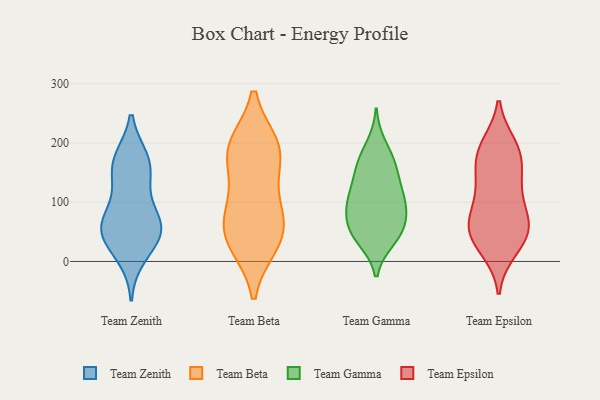
{"axis": {"x": "Satisfaction Score", "y": "Value"}, "legend": ["Team Beta", "Team Epsilon", "Team Gamma", "Team Zenith"], "data": [{"x": "", "y": 84, "type": "Team Zenith"}, {"x": "", "y": 10, "type": "Team Zenith"}, {"x": "", "y": 168, "type": "Team Zenith"}, {"x": "", "y": 52, "type": "Team Zenith"}, {"x": "", "y": 171, "type": "Team Zenith"}, {"x": "", "y": 54, "type": "Team Zenith"}, {"x": "", "y": 63, "type": "Team Zenith"}, {"x": "", "y": 42, "type": "Team Zenith"}, {"x": "", "y": 136, "type": "Team Zenith"}, {"x": "", "y": 55, "type": "Team Zenith"}, {"x": "", "y": 162, "type": "Team Zenith"}, {"x": "", "y": 88, "type": "Team Beta"}, {"x": "", "y": 30, "type": "Team Beta"}, {"x": "", "y": 188, "type": "Team Beta"}, {"x": "", "y": 190, "type": "Team Beta"}, {"x": "", "y": 62, "type": "Team Beta"}, {"x": "", "y": 194, "type": "Team Beta"}, {"x": "", "y": 50, "type": "Team Beta"}, {"x": "", "y": 181, "type": "Team Beta"}, {"x": "", "y": 113, "type": "Team Beta"}, {"x": "", "y": 32, "type": "Team Beta"}, {"x": "", "y": 80, "type": "Team Gamma"}, {"x": "", "y": 96, "type": "Team Gamma"}, {"x": "", "y": 41, "type": "Team Gamma"}, {"x": "", "y": 162, "type": "Team Gamma"}, {"x": "", "y": 108, "type": "Team Gamma"}, {"x": "", "y": 37, "type": "Team Gamma"}, {"x": "", "y": 97, "type": "Team Gamma"}, {"x": "", "y": 112, "type": "Team Gamma"}, {"x": "", "y": 167, "type": "Team Gamma"}, {"x": "", "y": 46, "type": "Team Gamma"}, {"x": "", "y": 130, "type": "Team Gamma"}, {"x": "", "y": 59, "type": "Team Gamma"}, {"x": "", "y": 158, "type": "Team Gamma"}, {"x": "", "y": 196, "type": "Team Gamma"}, {"x": "", "y": 64, "type": "Team Gamma"}, {"x": "", "y": 148, "type": "Team Epsilon"}, {"x": "", "y": 23, "type": "Team Epsilon"}, {"x": "", "y": 20, "type": "Team Epsilon"}, {"x": "", "y": 66, "type": "Team Epsilon"}, {"x": "", "y": 129, "type": "Team Epsilon"}, {"x": "", "y": 66, "type": "Team Epsilon"}, {"x": "", "y": 44, "type": "Team Epsilon"}, {"x": "", "y": 154, "type": "Team Epsilon"}, {"x": "", "y": 57, "type": "Team Epsilon"}, {"x": "", "y": 112, "type": "Team Epsilon"}, {"x": "", "y": 56, "type": "Team Epsilon"}, {"x": "", "y": 55, "type": "Team Epsilon"}, {"x": "", "y": 196, "type": "Team Epsilon"}, {"x": "", "y": 191, "type": "Team Epsilon"}, {"x": "", "y": 181, "type": "Team Epsilon"}, {"x": "", "y": 97, "type": "Team Epsilon"}, {"x": "", "y": 188, "type": "Team Epsilon"}]}